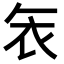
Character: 𮕦